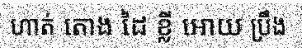
ហាត់ តោង ដៃ ខ្លី អោយ ប្រឹង